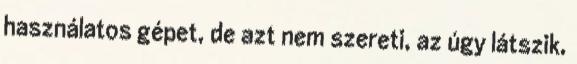
használatos gépet, de azt nem szereti, az úgy látszik,